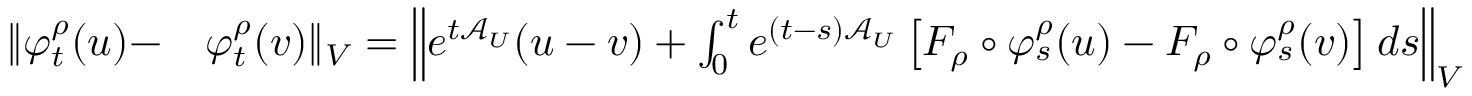
\begin{array} { r l } { \Vert \varphi _ { t } ^ { \rho } ( u ) - } & { { } \varphi _ { t } ^ { \rho } ( v ) \Vert _ { V } = \left\Vert e ^ { t \mathcal { A } _ { U } } ( u - v ) + \int _ { 0 } ^ { t } e ^ { ( t - s ) \mathcal { A } _ { U } } \left[ F _ { \rho } \circ \varphi _ { s } ^ { \rho } ( u ) - F _ { \rho } \circ \varphi _ { s } ^ { \rho } ( v ) \right] d s \right\Vert _ { V } } \end{array}